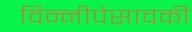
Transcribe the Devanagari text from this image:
विन्नीपेसावकी